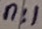
Text: n:1